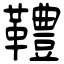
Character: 䪆